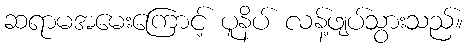
ဆရာမအမေးကြောင့် ပူနိပ် လန့်ဖျပ်သွားသည်။